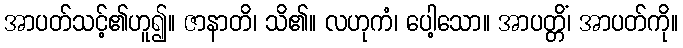
အာပတ်သင့်၏ဟူ၍။ ဇာနာတိ၊ သိ၏။ လဟုကံ၊ ပေါ့သော။ အာပတ္တိံ၊ အာပတ်ကို။